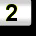
Digit: 2